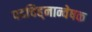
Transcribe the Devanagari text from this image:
पदचिह्‌नान्वेषक